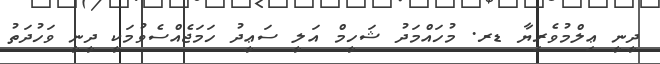
ދީނީ ޢިލްމުވެރިޔާ ޑރ. މުހައްމަދު ޝަހީމް އަލީ ސަޢީދު ހަމަޖެއްސެވުމަކީ ދީނީ ވަހުދަތު